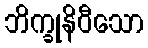
ဘိက္ခုနိဝီသော